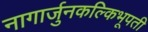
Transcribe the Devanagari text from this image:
नागार्जुनकल्किभूपती